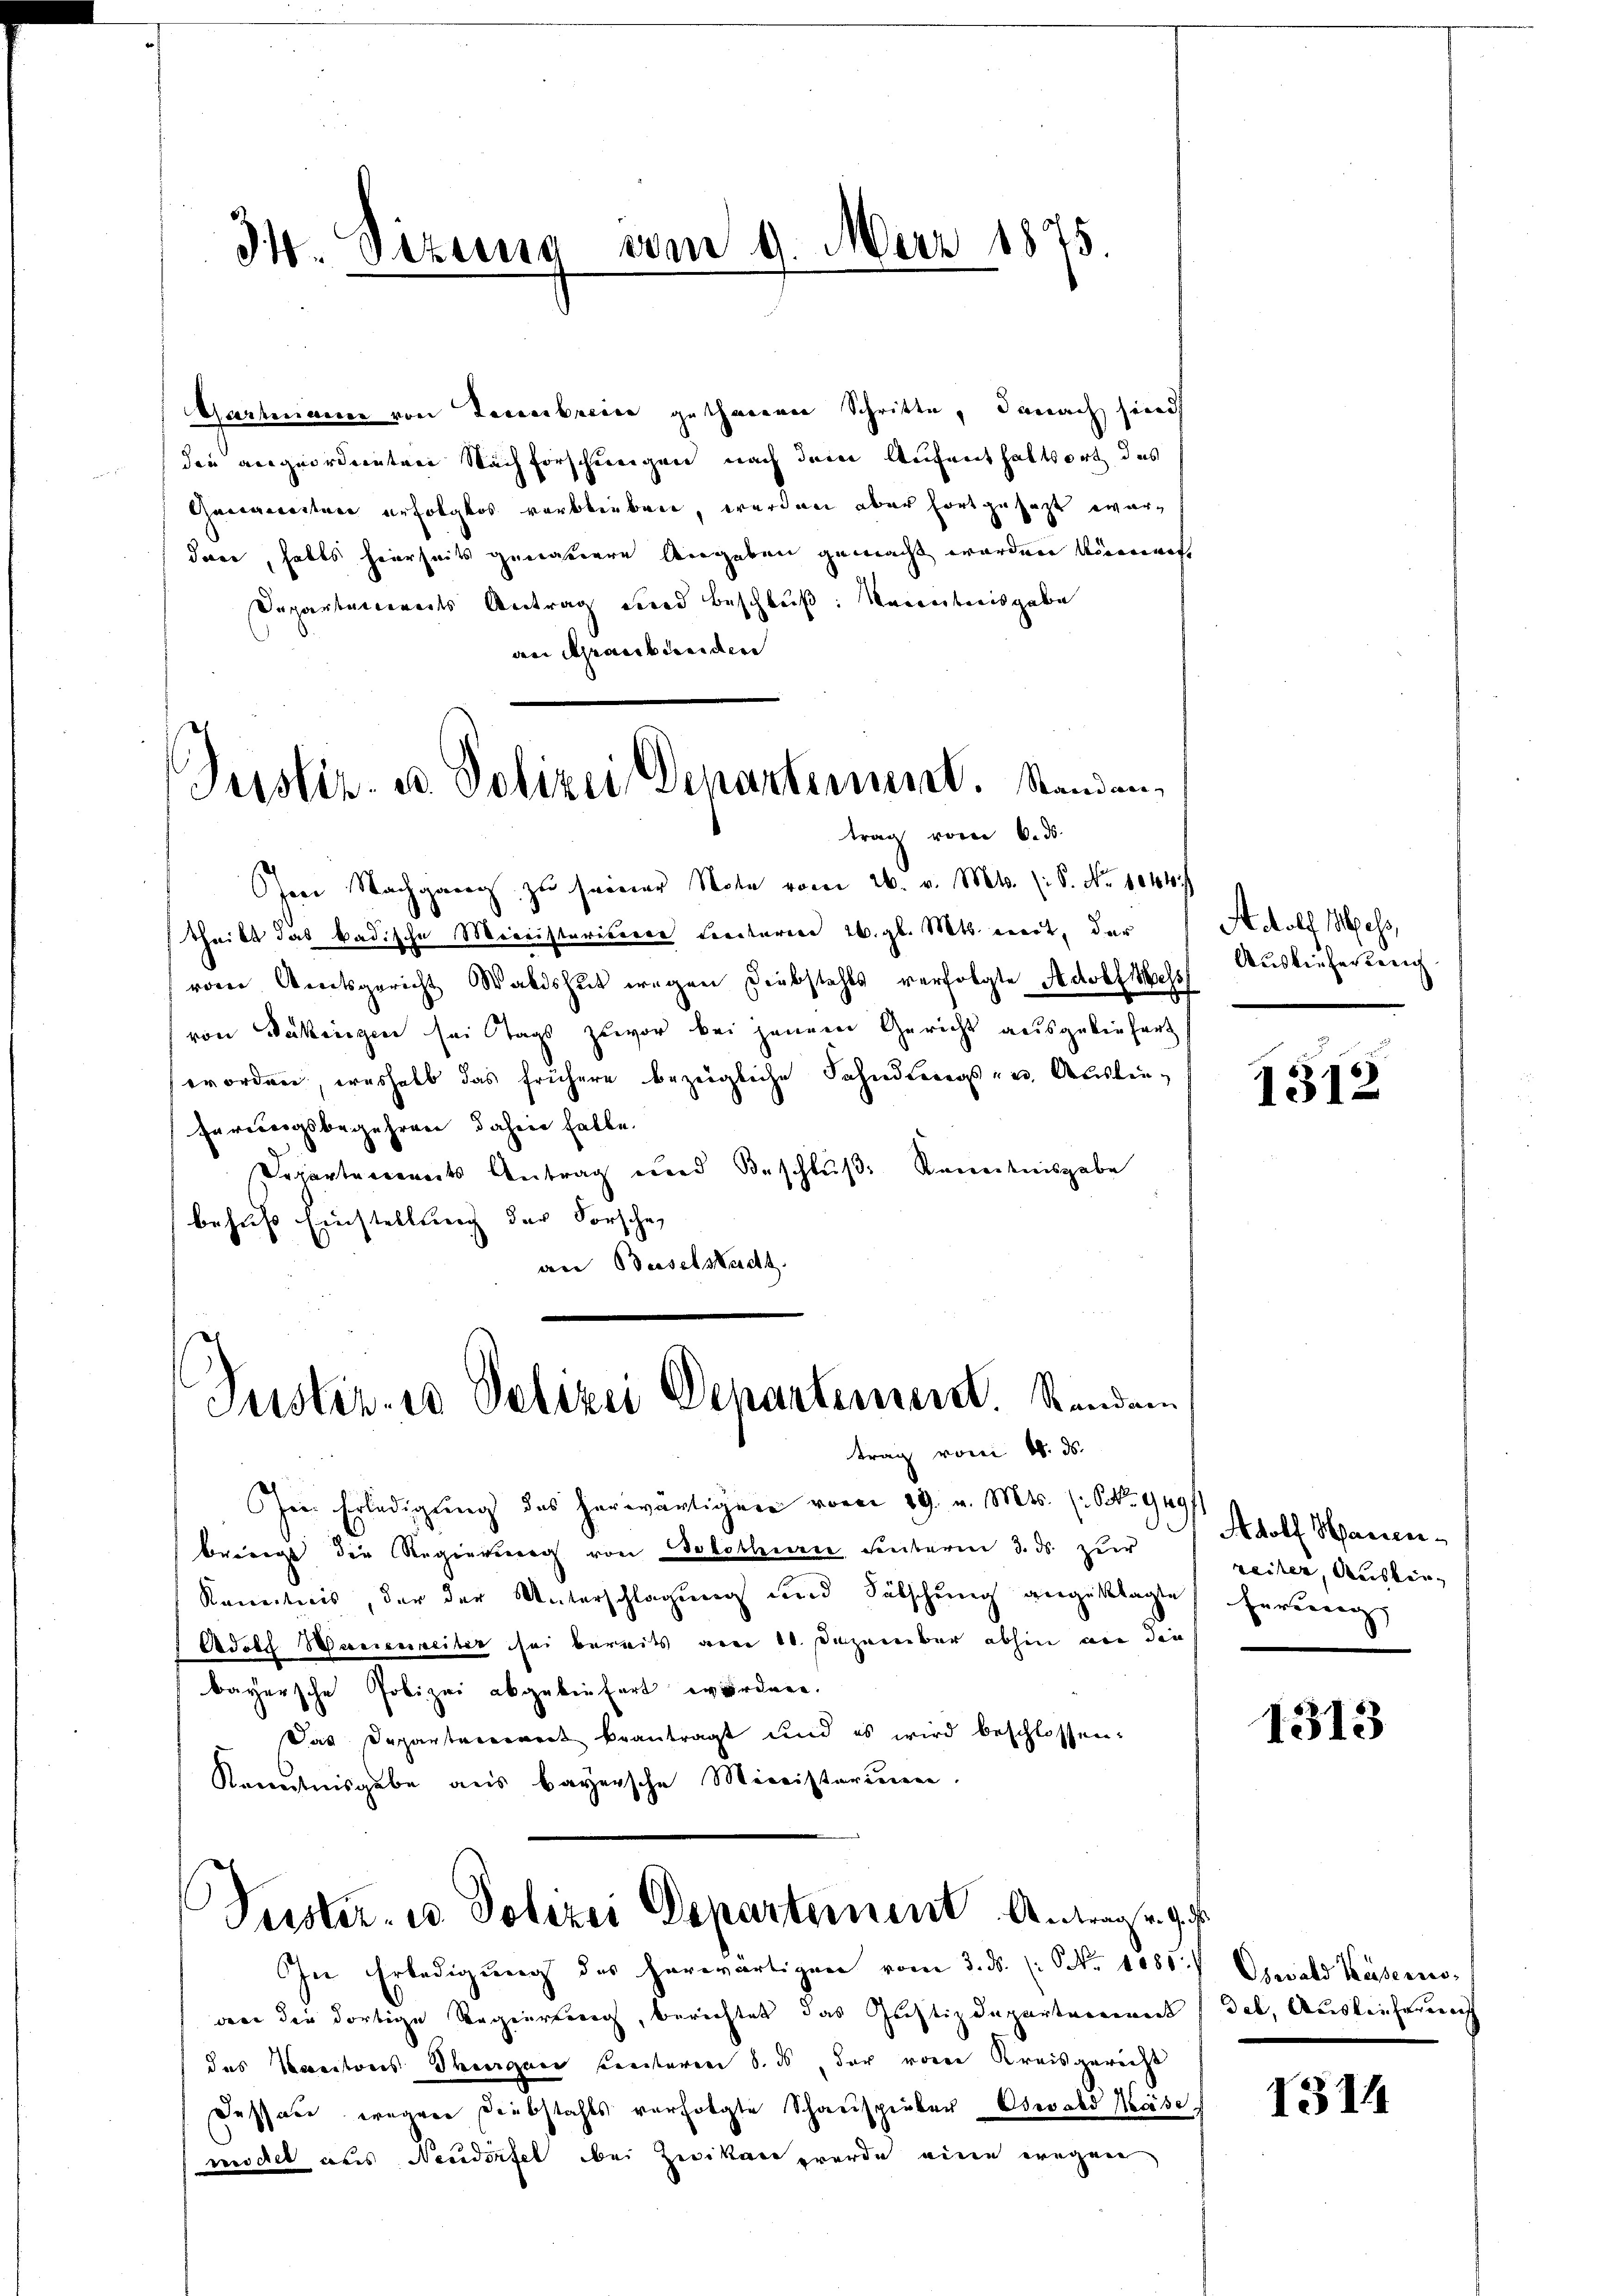
34. Sizung

vom 9. März 1875.

Justiz- u. Polizei Departement. Standen,
trag vom 6. ds.

Justiz- & Polizei Departement. Standen

Gartmann von Feuerbreise gethanenen Schritte, danach sind
den angeordneten Nachforschungen nach dem Aufenthaltsort des
Gagereiten erfolglos verblieben, werden aber fortgesezt ewardare, halts hierseits genauere Angaben gemacht werden könnens
Separtanereits Antrag und Beschluß: Kenntnisgabe
an Araubünden
Oser Nachgang zu seiner Note vom 26. v. Mts. (: S. Nr. 1014/
theilt das badische Ministerisiere Ceretarere 26. gl. Mts. viert, der
vom Amtsgericht Waldshut wegen Diebstahls verfolgte Adolf Mess
von Daherigen sei Tags zuvor bei jenem Gericht ausgeliefert
erorden, weshalb das frühere bezügliche Fahnderers zur Auslie¬
Eurereigsbegehrere dahein hatte.
Departements Antrag und Beschlŭβ Kenntnisgabe
behufs Einstellung der Forsche,
an Baselstadt.

Puster- u. Polizei Departement Antrage ge

trag vom 18. ds.
In Erledigung des herwärtigen vom 29. v. Mts. (S. 949/
bringt die Regierung von Solothurn, Hinterm 3. ds. zur
Kenntnis, der der Unterschlagung und Sölschung angeklagte Errung
Adolf Wesenheiter sei bereits am 11. Dezember abhin an die
bayersche Polizei abgeliefert worden.
Das Departarerweit beantragt und es wird beschlossen:
Kenntnisgabe aus bayersche Ministerium.

von die dortige Regierteng, berichtet das Justizdepartement (des, Auslieferung
das Kantons Theorgan Centaren 8. ds, der von Kreisgericht
Dessare wegene Diebstahls verfolgte Schauspieler Oswald Präse
wöchel als Neudorfel bei Zweikar wurde eine wegene

In Erledigŭng des herwärtigen vom 3. ds. (: No 1081 Oswald Kaserno-

Adolf Mess,
Ausliefer berich

1312

Adolf Marien
reiter, Auskin

1313

1514